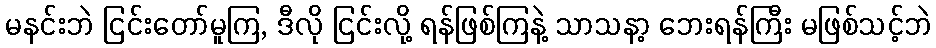
မနင်းဘဲ ငြင်းတော်မူကြ, ဒီလို ငြင်းလို့ ရန်ဖြစ်ကြနဲ့ သာသနာ့ ဘေးရန်ကြီး မဖြစ်သင့်ဘဲ